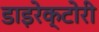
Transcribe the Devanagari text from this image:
डाइरेक्टोरी